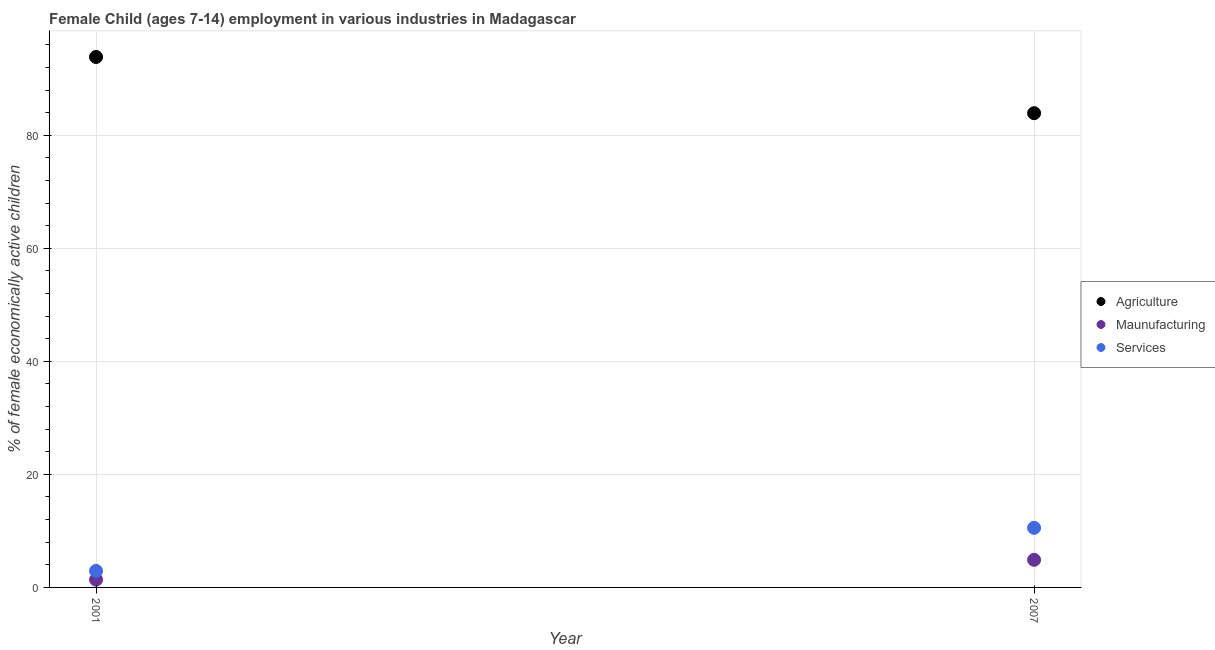
| Year | Agriculture | Maunufacturing | Services |
 | --- | --- | --- | --- |
 | 2001 | 93.8 | 1.37 | 2.92 |
 | 2007 | 83.9 | 4.88 | 10.5 |